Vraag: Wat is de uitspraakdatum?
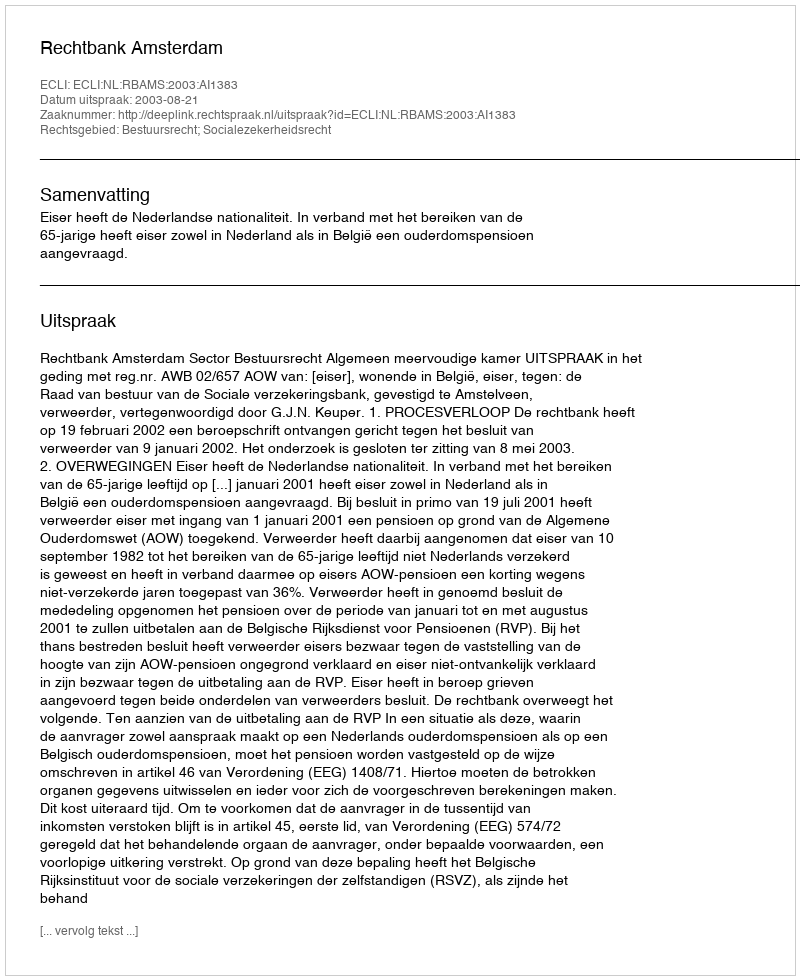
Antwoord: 2003-08-21